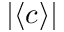
| \langle c \rangle |